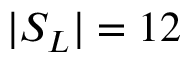
| S _ { L } | = 1 2